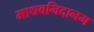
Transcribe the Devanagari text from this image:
माधवनिदानम